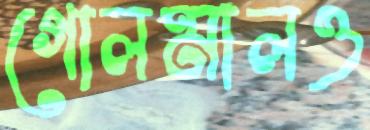
গোলমালও